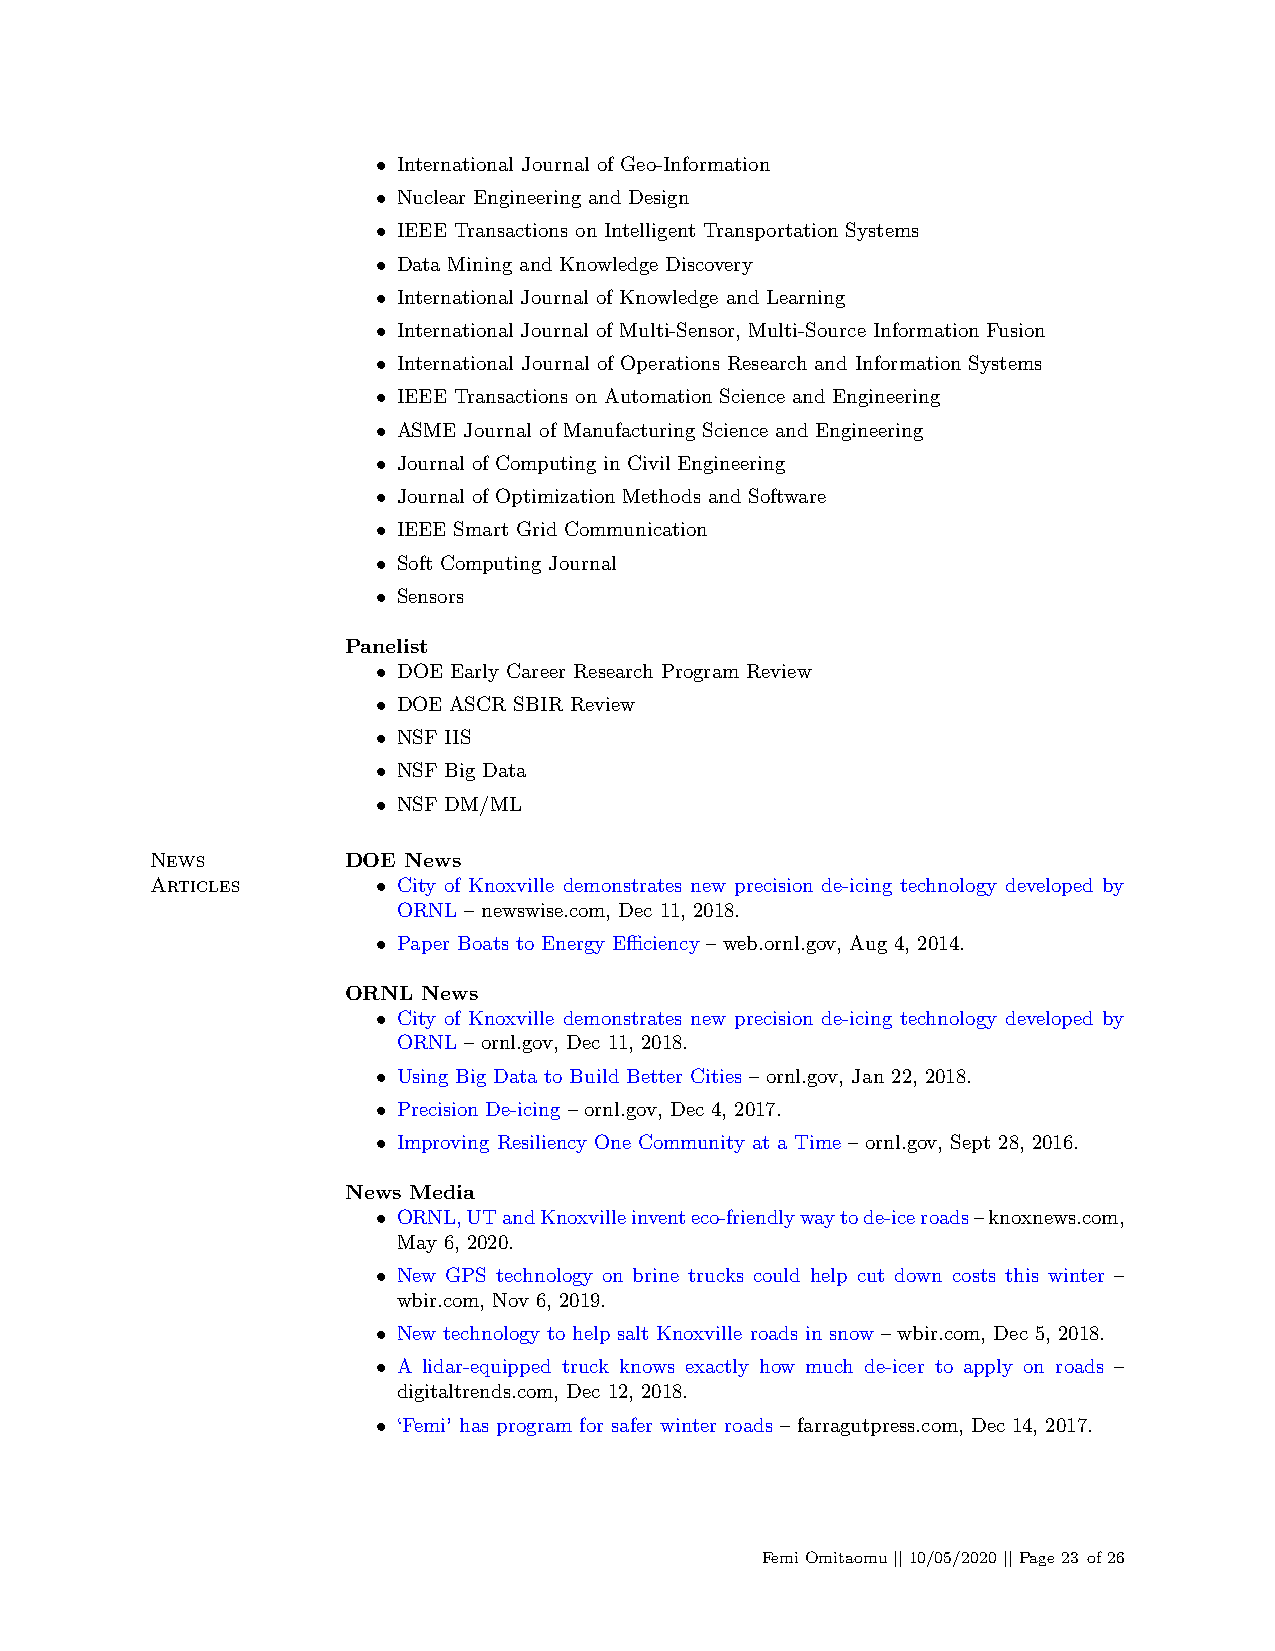
• International Journal of Geo-Information
 • Nuclear Engineering and Design
 • IEEE Transactions on Intelligent Transportation Systems
 • Data Mining and Knowledge Discovery
 • International Journal of Knowledge and Learning
 • International Journal of Multi-Sensor, Multi-Source Information Fusion
 • International Journal of Operations Research and Information Systems
 • IEEE Transactions on Automation Science and Engineering
 • ASME Journal of Manufacturing Science and Engineering
 • Journal of Computing in Civil Engineering
 • Journal of Optimization Methods and Software
 • IEEE Smart Grid Communication
 • Soft Computing Journal
 • Sensors
 Panelist
 • DOE Early Career Research Program Review
 • DOE ASCR SBIR Review
 • NSF IIS
 • NSF Big Data
 • NSF DM/ML
 News         DOE News
 Articles       • City of Knoxville demonstrates new precision de-icing technology developed by
 ORNL – newswise.com, Dec 11, 2018.
 • Paper Boats to Energy Efficiency – web.ornl.gov, Aug 4, 2014.
 ORNL News
 • City of Knoxville demonstrates new precision de-icing technology developed by
 ORNL – ornl.gov, Dec 11, 2018.
 • Using Big Data to Build Better Cities – ornl.gov, Jan 22, 2018.
 • Precision De-icing – ornl.gov, Dec 4, 2017.
 • Improving Resiliency One Community at a Time – ornl.gov, Sept 28, 2016.
 News Media
 • ORNL,UTandKnoxvilleinventeco-friendlywaytode-iceroads–knoxnews.com,
 May 6, 2020.
 • New GPS technology on brine trucks could help cut down costs this winter –
 wbir.com, Nov 6, 2019.
 • New technology to help salt Knoxville roads in snow – wbir.com, Dec 5, 2018.
 • A lidar-equipped truck knows exactly how much de-icer to apply on roads –
 digitaltrends.com, Dec 12, 2018.
 • ‘Femi’ has program for safer winter roads – farragutpress.com, Dec 14, 2017.
 FemiOmitaomu||10/05/2020||Page23 of26